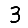
Digit: 3